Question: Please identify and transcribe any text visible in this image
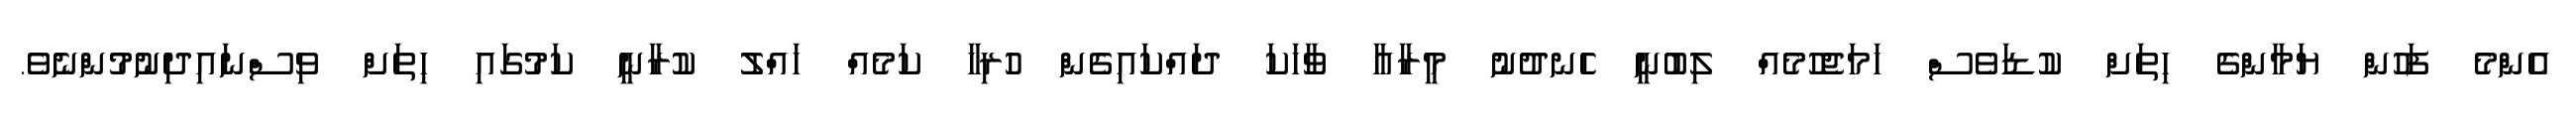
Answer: އެންމެ ފަހުން ޔަމާންގެ ހިތަށް ކުޑަވެސް ހަމަޖެހުމެއް ލިބުނީ ހެނދުނު މީރާއާ ވާހަކަ ދައްކައިގެން ހުރިހާ ކަމެއް ހައްލު ކުރާނީ ކަމުގައި ހިތަށް ވިސްނައިދިނުމުންނެވެ.